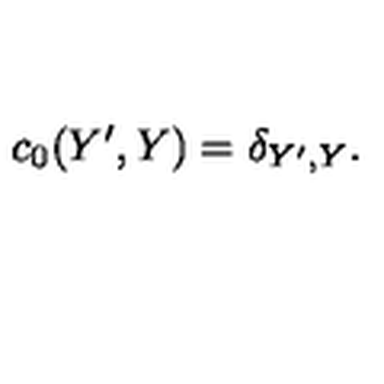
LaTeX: c _ { 0 } ( Y ^ { \prime } , Y ) = \delta _ { Y ^ { \prime } , Y } .